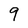
Character: 9